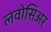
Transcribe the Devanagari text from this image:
लवोसिअर